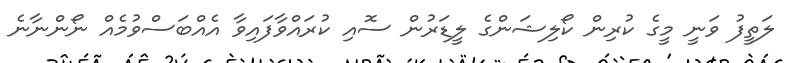
ލަތީފު ވަނީ މީގެ ކުރިން ކޯލިޝަންގެ ލީޑަރުން ސޮއި ކުރައްވާފައިވާ އެއްބަސްވުމެއް ނޯންނާނެ